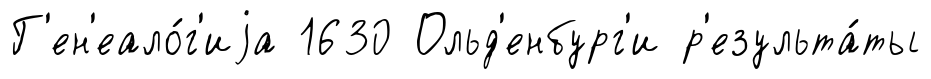
Г'ен'еало́г'иjа 1630 Ольд'енбург'и р'езульта́ты